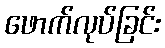
ဖောက်လုပ်ခြင်း